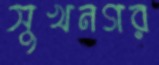
সুখনগর